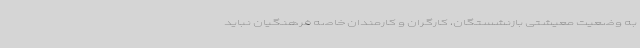
به وضعیت معیشتی بازنشستگان، کارگران و کارمندان خاصه فرهنگیان نباید